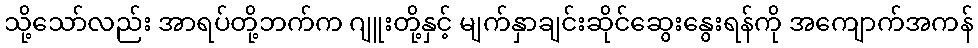
သို့သော်လည်း အာရပ်တို့ဘက်က ဂျူးတို့နှင့် မျက်နှာချင်းဆိုင်ဆွေးနွေးရန်ကို အကျောက်အကန်